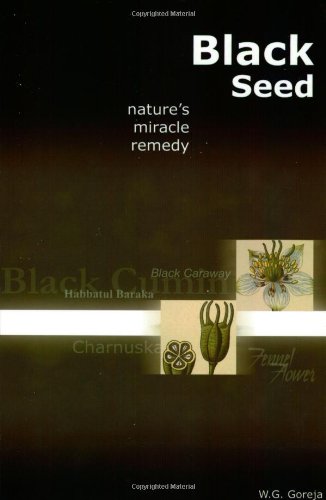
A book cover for Black Seed: Nature's Miracle Remedy; W.G. Goreja; Cookbooks, Food & Wine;